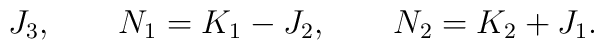
J_{3} , \qquad N_{1} = K_{1} - J_{2} , \qquad N_{2} = K_{2} + J_{1} .